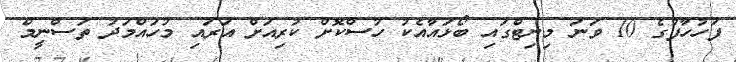
ފަހުހާފުގެ 10 ވަނަ މިނިޓްގައި ބޯޅައާއެކު ހުސްކޮށް ކުރިއަށް އަރައި މުހައްމަދު ތަސްނީމް